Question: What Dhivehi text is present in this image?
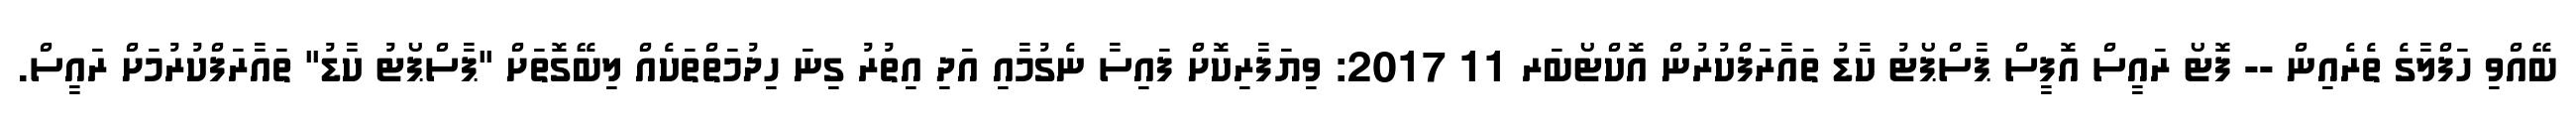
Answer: ބޭއްވި ހަފްލާގެ ތެރެއިން -- ފޮޓޯ ރައީސް އޮފީސް ޕާސްޕޯޓު ކާޑު ތައާރަފްކުރުން އޮކްޓޯބަރ 11 2017: ވިޔަފާރިކޮށް ފައިސާ ނެގުމާއި އަދި އިތުރު ގިނަ ހިދުމަތްތަކެއް ލިބޭގޮތަށް "ޕާސްޕޯޓު ކާޑު" ތައާރަފްކުރުމަށް ރައީސް.